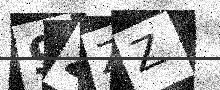
Text: 9ZZZ